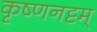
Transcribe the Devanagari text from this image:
कृष्णनट्टम्